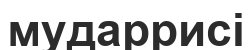
мударрисі